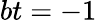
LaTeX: bt=-1